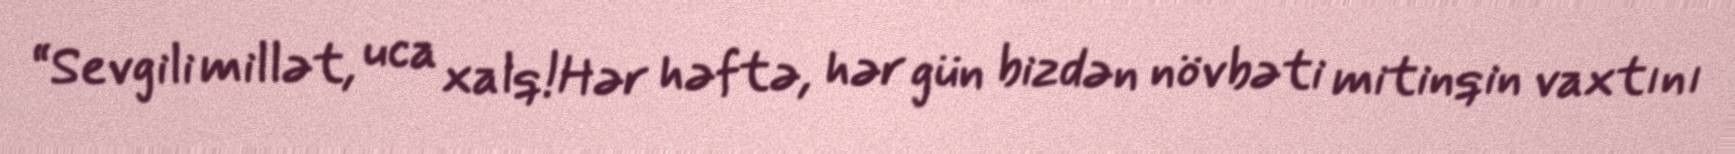
“Sevgili millət, uca xalq!Hər həftə, hər gün bizdən növbəti mitinqin vaxtını